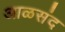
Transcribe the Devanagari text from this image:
आळसंद